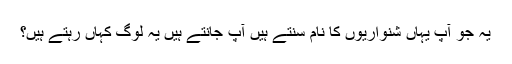
یہ جو آپ یہاں شنواریوں کا نام سنتے ہیں آپ جانتے ہیں یہ لوگ کہاں رہتے ہیں؟